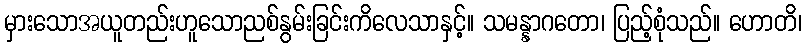
မှားသောအယူတည်းဟူသောညစ်နွမ်းခြင်းကိလေသာနှင့်။ သမန္နာဂတော၊ ပြည့်စုံသည်။ ဟောတိ၊